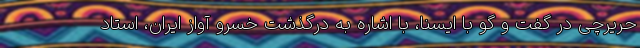
حریرچی در گفت و گو با ایسنا، با اشاره به درگذشت خسرو آواز ایران، استاد